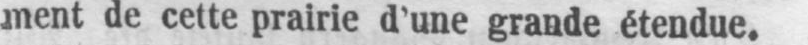
ment de cette prairie d’une grande étendue.